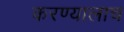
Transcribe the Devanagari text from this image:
करण्यालाच